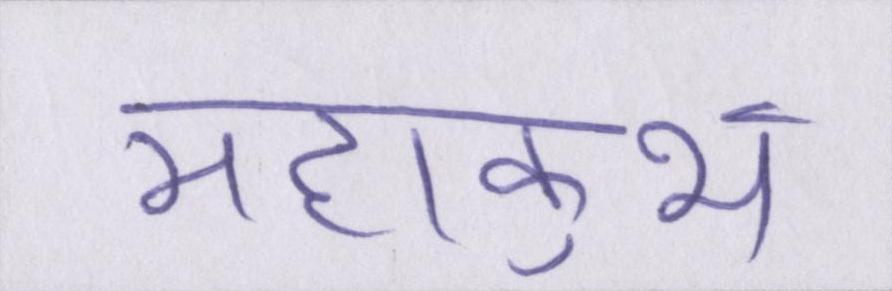
महाकुंभ